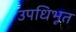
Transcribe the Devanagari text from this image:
उपधिभूत